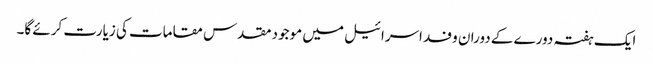
ایک ہفتہ دورے کے دوران وفد اسرائیل میں موجود مقدس مقامات کی زیارت کرئے گا۔